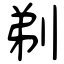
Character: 剃